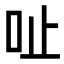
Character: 𠯽